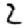
Digit: 2